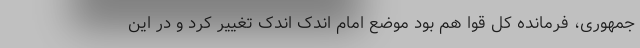
جمهوری، فرمانده کل قوا هم بود موضع امام اندک اندک تغییر کرد و در این